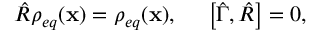
\hat { R } \rho _ { e q } ( \mathbf { x } ) = \rho _ { e q } ( \mathbf { x } ) , \ \ \ \ \left[ \hat { \Gamma } , \hat { R } \right] = 0 ,